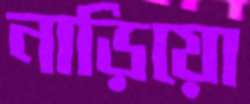
নাড়িয়ো